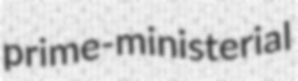
prime-ministerial